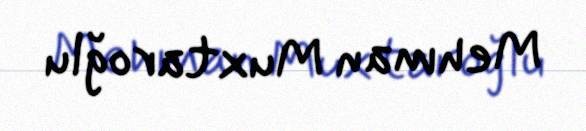
Mehman Muxtaroğlu